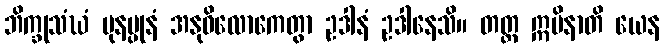
ဘိက္ခုသံဃံ ပုနပ္ပုနံ အနုဝိလောကေတွာ ဥဒါနံ ဥဒါနေသိ။ တတ္ထ ဣမိနာတိ ယေန